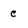
Character: C